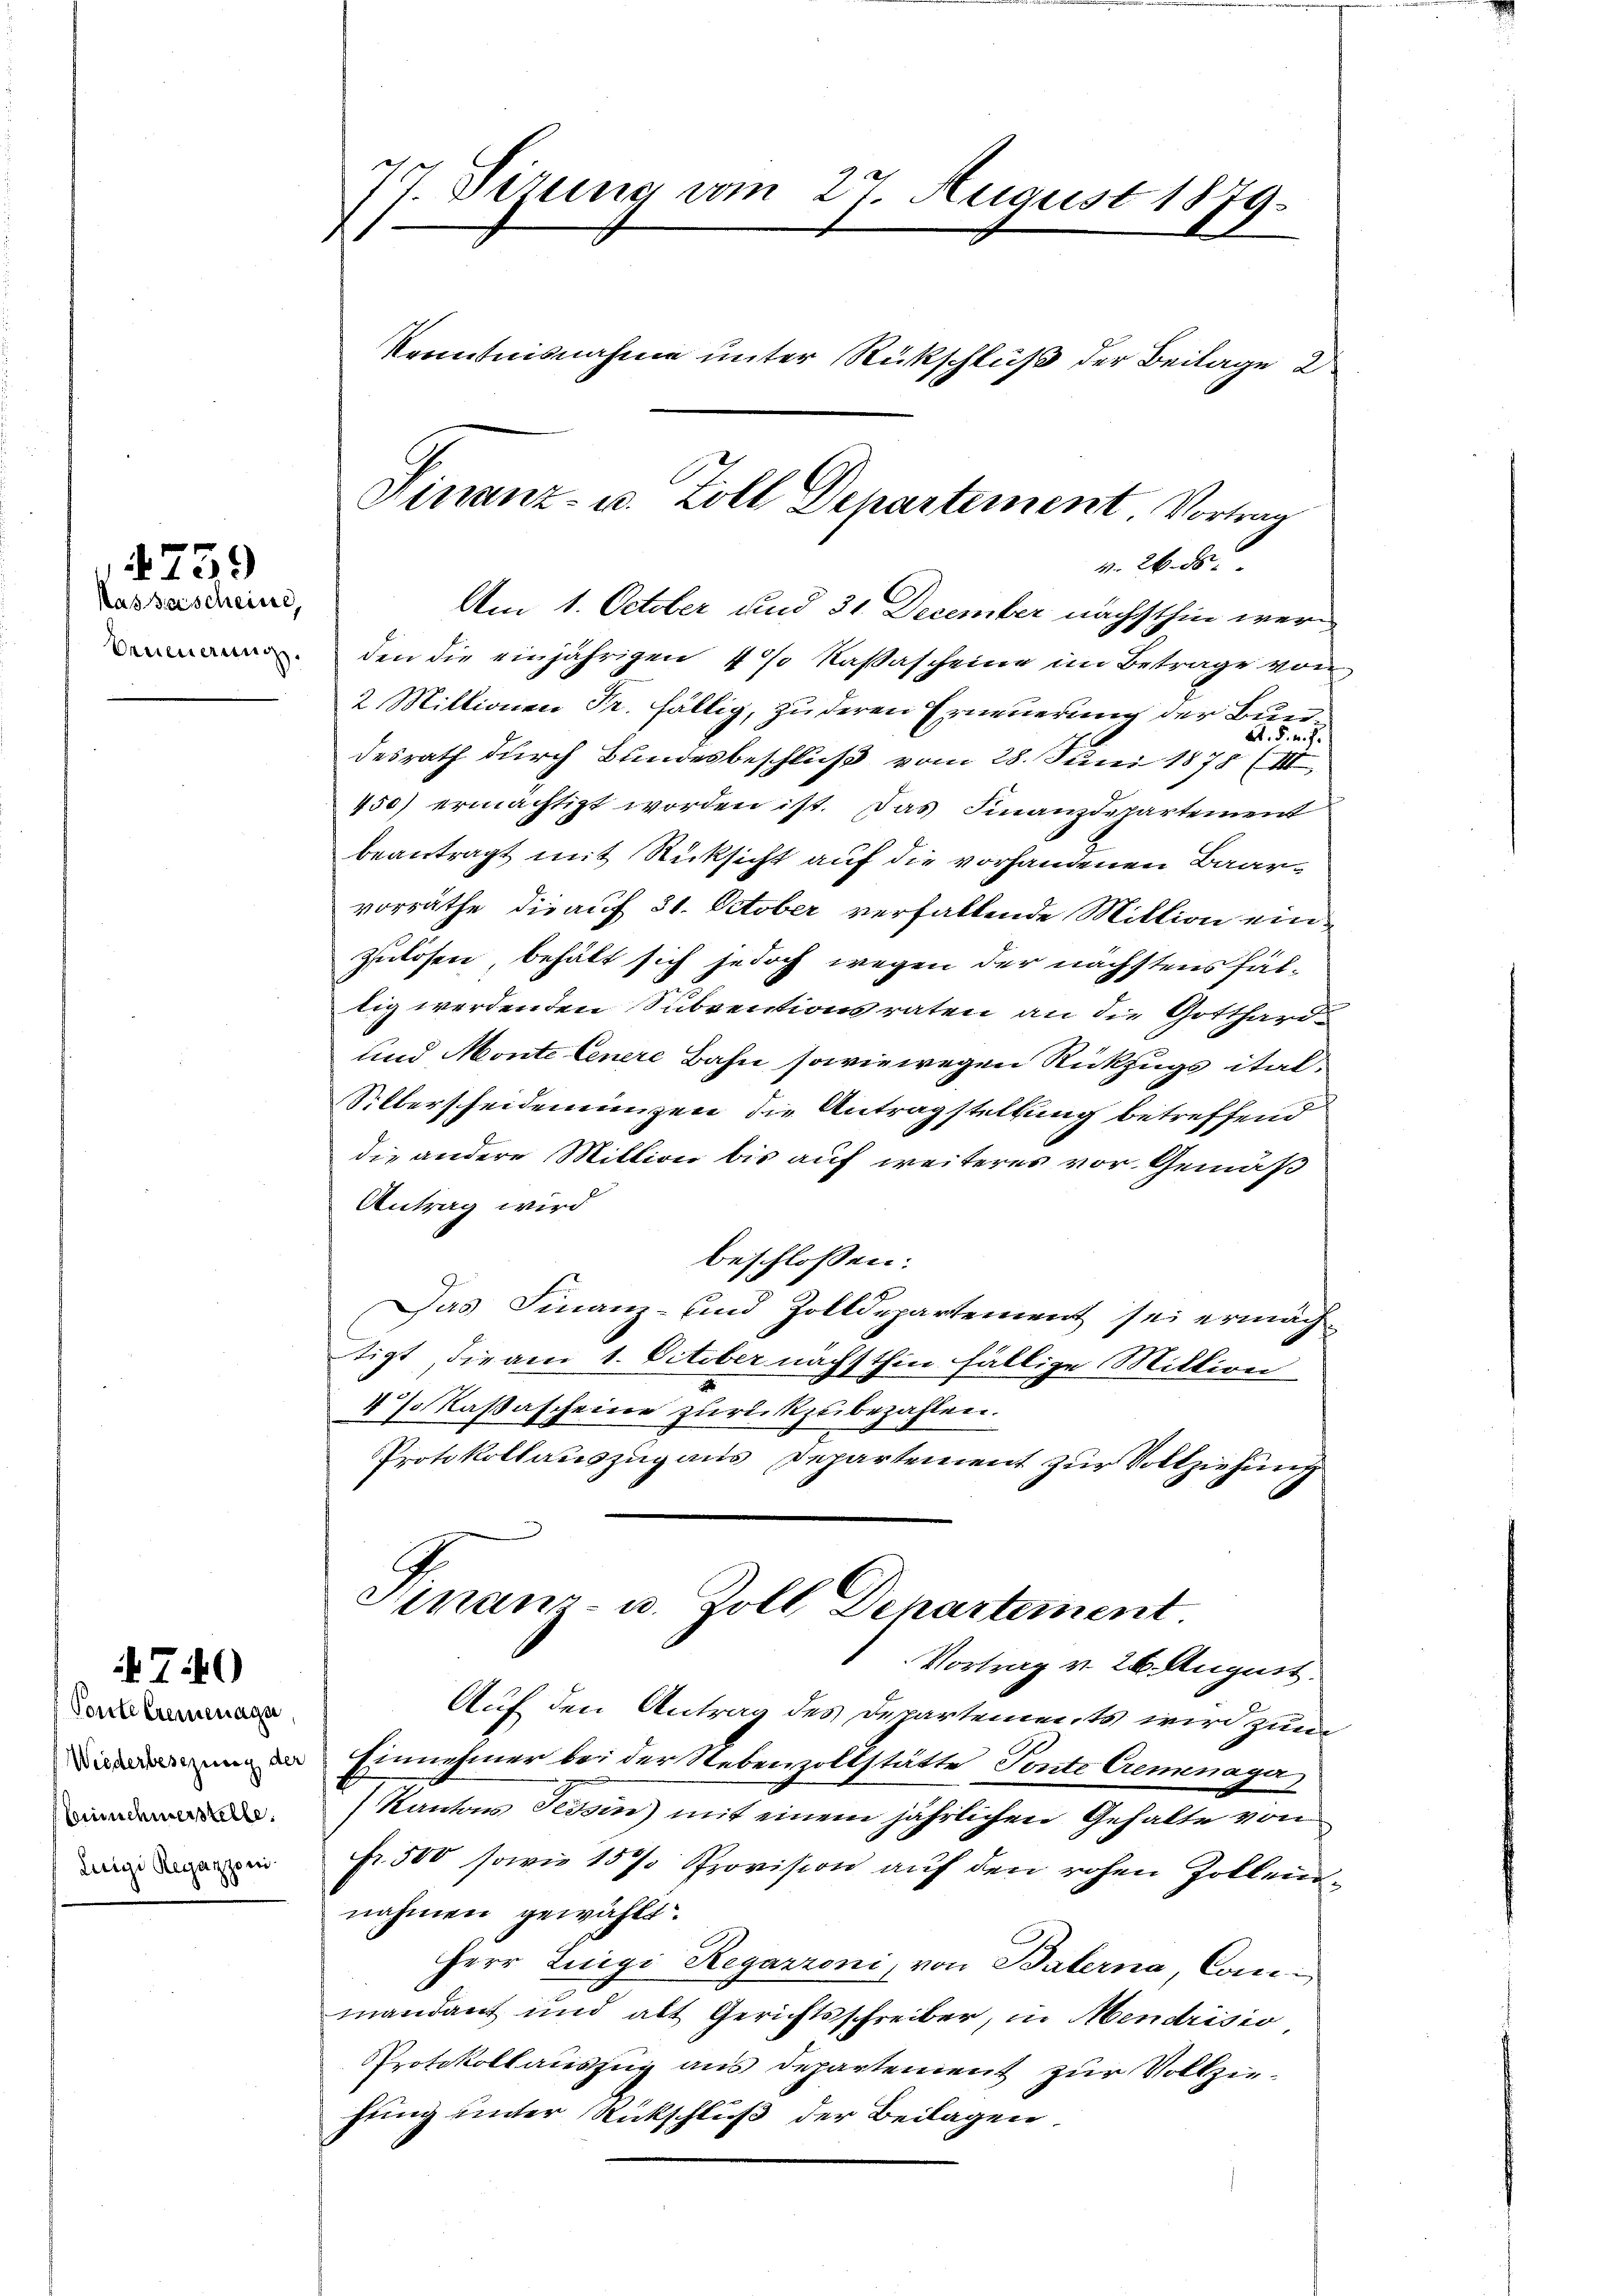
Nassascheine,
Aneerung.

4739

Ponte Cremenage
beichmerstelle
Luigi Regazzoni

740

77. Sizung vom 27. August 1879.
Kenntnisnahme unter Rückschluß der Beilage 2

Am 1. October und 31 December nächsthin werden die einjährigen 4% Kaßascheine im Betrage von
2 Millionen Fr. fällig, zu deren Erneuerung der Bun¬
A. F. v. J.
desrath durch Bundesbeschluß vom 28. Juni 1875 (III
450) ermächtigt worden ist. Das Finanzdepartement
beantragt mit Rücksicht auf die vorhandenen Baarvorräthe die auf 31. October verfallende Mittion einzulösen, behält sich jedoch wegen der nächstens fällig werdenden Subventionsraten an die Gottharde
und Monte Cenere Bahn sowie wegen Rückzugs ital¬
Silberscheidenienzen die Antragstellung betreffend
die andere Million bis auf weiteres vor. Gemäß
Antrag wird
beschlossen:
Das Finanz- und Zolldepartement sei ermäch
tigt, die am 1. October nächsthin fällige Miltion
4/ Kassascheine zurückzubezahlen.
Protokollauszug aus Departement zur Vollziehung
Finanz- u. Zoll Departement
Vortrag v. 26. August.
Auf den Antrag des Departements wird zum
d Einnehmer bei der Nebenzoltstätte Tonte Cemenager
Kantons Tessin) mit einem jährlichen Gehalte von
Fr. 500 sowie 15% Provision auf den rohen Zollennahmen gewählt.
Herr Luigi Regarzoni, von Balerna, Conmandant und alt Gerichtsschreiber, in Mendrisio
Protokollauszug aus Departement zur Vollziehung unter Rückschluß der Beilagen

Finanz- u. Zoll Departement. Vorling
v. 26. ds.